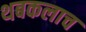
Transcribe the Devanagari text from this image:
थबकलाच